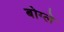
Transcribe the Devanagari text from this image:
बोग्ले